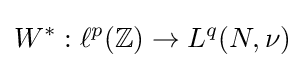
W^{*}:\ell ^{p}(\mathbb {Z} )\to L^{q}(N,\nu )